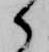
御